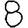
Digit: 8